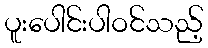
ပူးပေါင်းပါဝင်သည့်